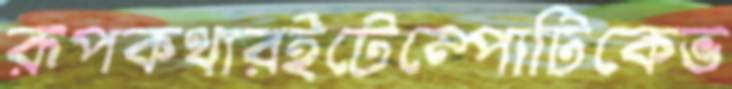
রূপকথারইটেম্পোটিকেভ